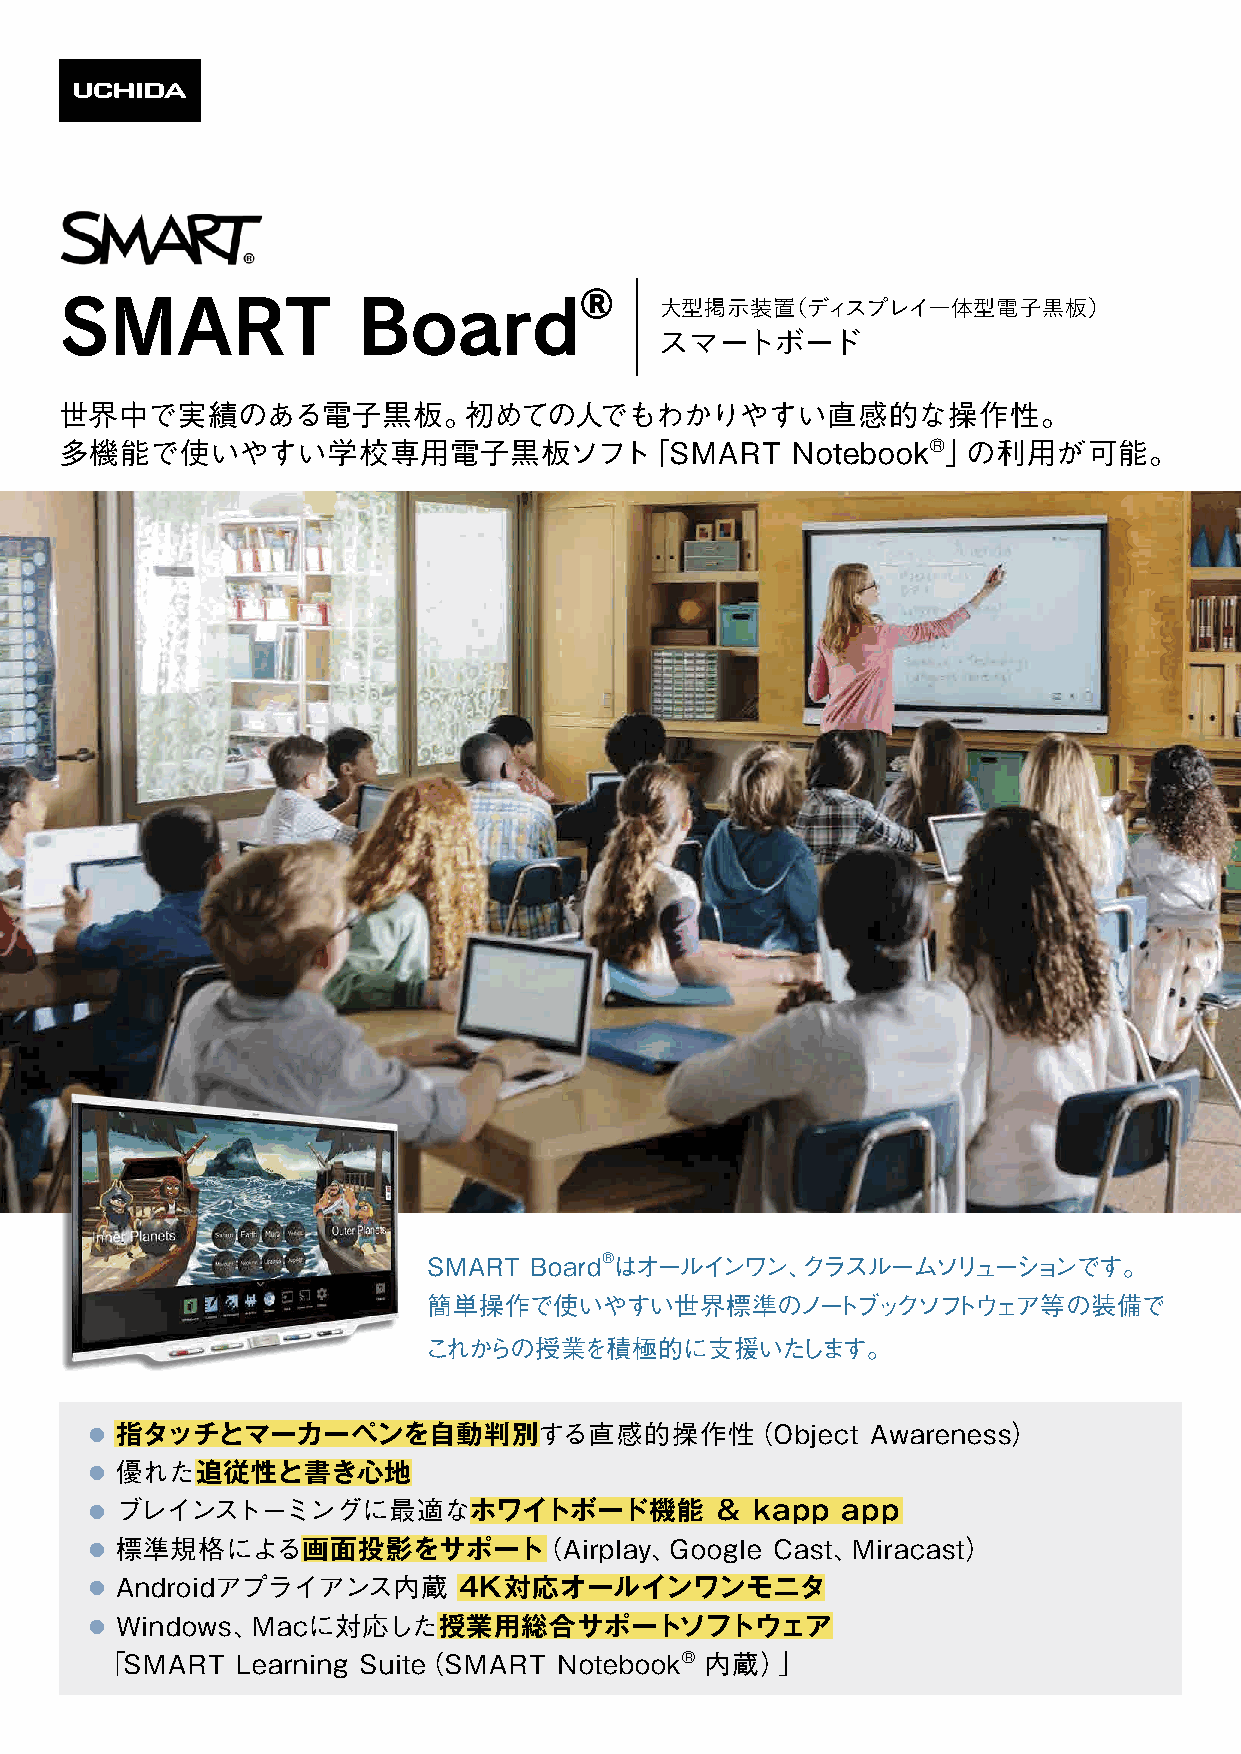
®
 SMART               Board               大型掲示装置（ディスプレイ一体型電子黒板）
 スマートボード
 世界中で実績のある電子黒板。初めての人でもわかりやすい直感的な操作性。
 多機能で使いやすい学校専用電子黒板ソフト「SMART                      Notebook®」の利用が可能。
 SMART  Board®はオールインワン、クラスルームソリューションです。
 簡単操作で使いやすい世界標準のノートブックソフトウェア等の装備で
 これからの授業を積極的に支援いたします。
 ● 指タッチとマーカーペンを自動判別する直感的操作性（Object                   Awareness）
 ● 優れた追従性と書き心地
 ● ブレインストーミングに最適なホワイトボード機能                ＆  kapp  app
 ● 標準規格による画面投影をサポート（Airplay、Google            Cast、Miracast）
 ● Androidアプライアンス内蔵      4K対応オールインワンモニタ
 ● Windows、Macに対応した授業用総合サポートソフトウェア
 「SMART   Learning Suite（SMART Notebook®内蔵）」